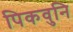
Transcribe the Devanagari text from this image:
पिकवुनि